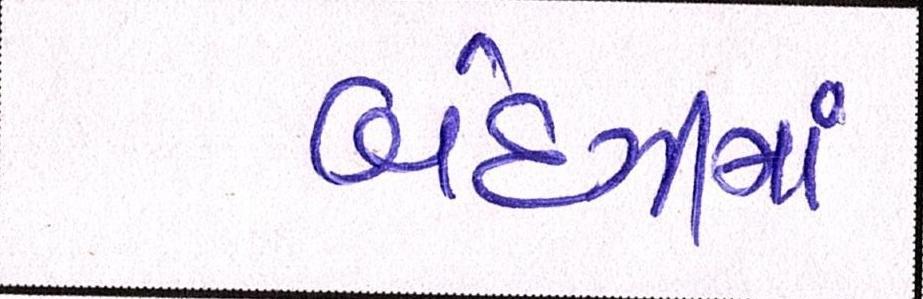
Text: બંદગીમાં